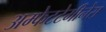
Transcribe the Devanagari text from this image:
अम्फेटटेमीनेस